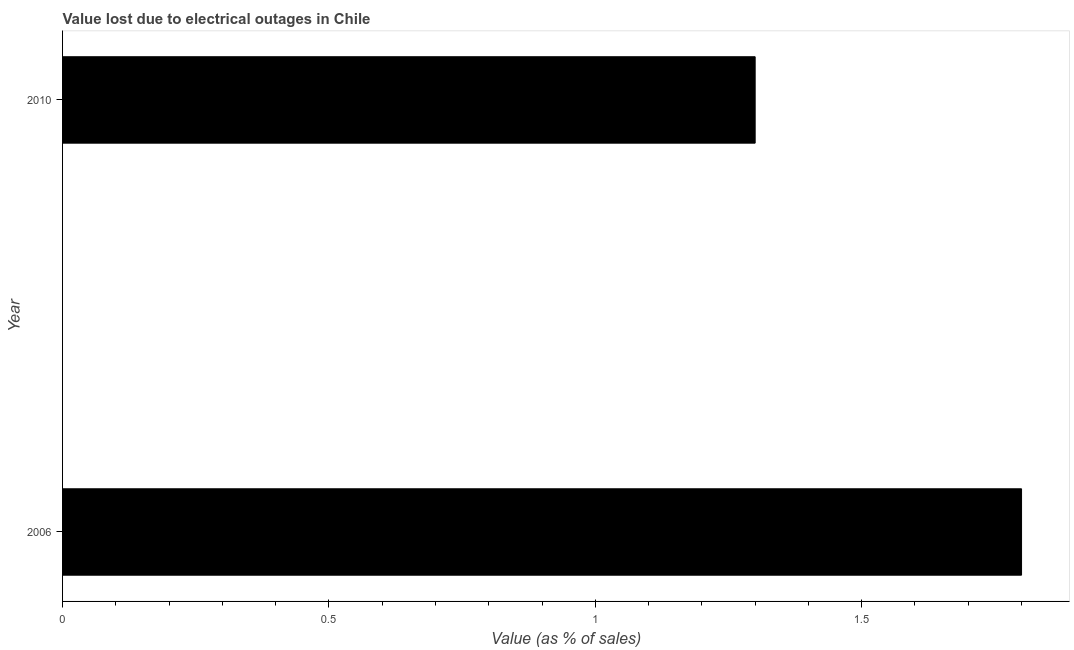
| Year | Value lost due to electrical outages |
 | --- | --- |
 | 2006 | 1.8 |
 | 2010 | 1.3 |